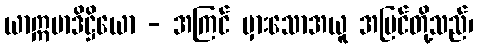
ယာဣမာဒိဋ္ဌိယော - အကြင် မှားသောအယူ အမြင်တို့သည်၊